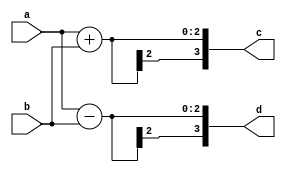
`timescale 1ns / 1ps

module butterfly(a,b,c,d);
input signed [1:0]a;
input signed [1:0]b;
output signed [3:0]c;
output signed [3:0]d;

assign c=a+b;
assign d=a-b;

endmodule

module radix2fft(i0,i1,i2,i3,e,ei,f,fi,g,gi,h,hi);
input signed [1:0]i0;
input signed [1:0]i1;
input signed [1:0]i2;
input signed [1:0]i3;
output signed [3:0]e;
output signed [3:0]ei;
output signed [3:0]f;
output signed [3:0]fi;
output signed [3:0]g;
output signed [3:0]gi;
output signed [3:0]h;
output signed [3:0]hi;

wire [3:0] A,B,C,D;

butterfly f1(i0,i2,A,B);
butterfly f2(i1,i3,C,D);

assign e=(A+C);
assign ei=4'b0;
assign f=B;
assign fi=-D;
assign g=(A-C);
assign gi=4'b0;
assign h=B;
assign hi=D;

endmodule